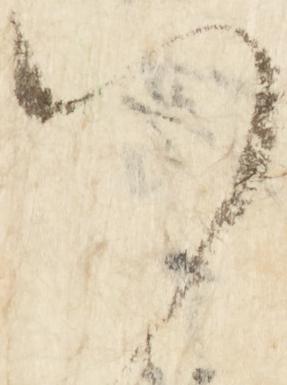
八